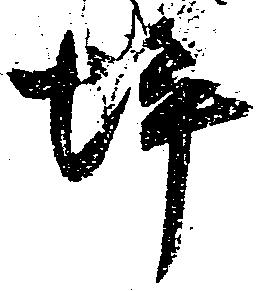
坪